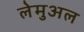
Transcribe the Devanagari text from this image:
लेमुअल